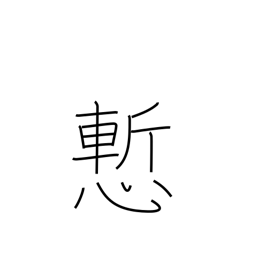
Meaning: ashamed